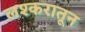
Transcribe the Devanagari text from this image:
लश्करातून